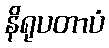
နိရုပတာပံ